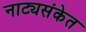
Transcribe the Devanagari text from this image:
नाट्यसंकेत